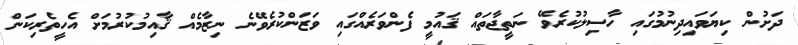
ދަށުން ކިޔަވައިދިނުމުގައި ހާސިލުކުރެވޭ ނަތީޖާތައް ޤައުމީ ފެންވަރެއްގައި ވަޒަންކުރެވޭނެ ނިޒާމެއް ޤާއިމުކުރުމަށް އެހީތެރިކަން